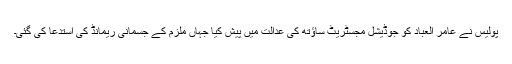
پولیس نے عامر العباد کو جوڈیشل مجسٹریٹ ساؤتھ کی عدالت میں پیش کیا جہاں ملزم کے جسمانی ریمانڈ کی استدعا کی گئی۔